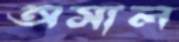
অসাল